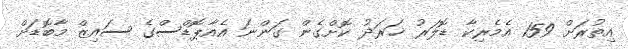
އިތުރަށް 159 އެމެރިކާ ޑޮލަރު ޚަރަދު ކޮށްގެން ގަންނަ އެއާޕޮޑްސްގެ ސައިޒް މާބޮޑަށް